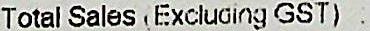
TOTAL SALES (EXCLUDING GST) :